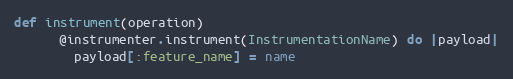
Language: Ruby
def instrument(operation)
      @instrumenter.instrument(InstrumentationName) do |payload|
        payload[:feature_name] = name